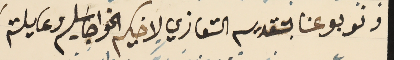
ونوبو عنا بتقديم التعازي لاخيكم الخواجا سَليم وعايلته